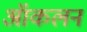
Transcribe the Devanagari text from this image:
ऑकलन